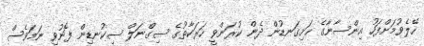
ހޭލެވުމަށްފަހު އިންސާނާގެ ހަށިގަނޑުން ދެން ކުރަންވީ ހަރަކާތުގެ ސިގްނަލް ސިކުނޑިން ފޮނުވި ނަމަވެސް